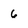
Character: 6